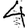
Digit: 4